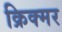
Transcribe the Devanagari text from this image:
क्रिक्मर